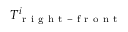
T _ { \mathrm { ~ r ~ i ~ g ~ h ~ t ~ - ~ f ~ r ~ o ~ n ~ t ~ } } ^ { i }